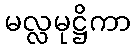
မလ္လမုဋ္ဌိကာ